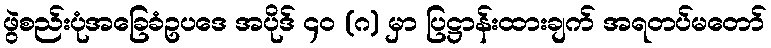
ဖွဲစည်းပုံအခြေခံဥပဒေ အပိုဒ် ၄၀ (ဂ) မှာ ပြဋ္ဌာန်းထားချက် အရတပ်မတော်